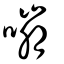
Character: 嘣